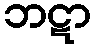
ဘဋာ